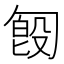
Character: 匓